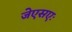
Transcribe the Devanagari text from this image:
जेएसएः